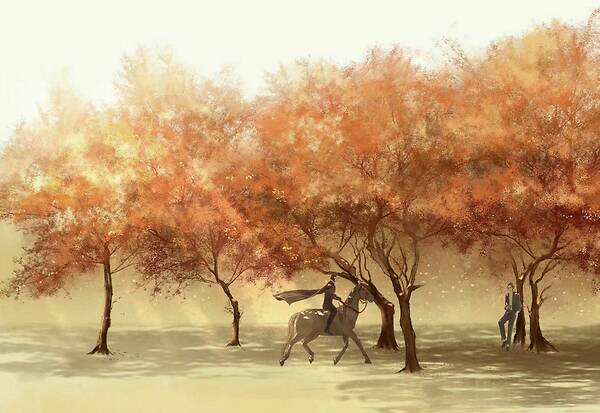
不系雕鞍门前柳，玉容寂寞见花羞，冷风儿吹雨黄昏后。